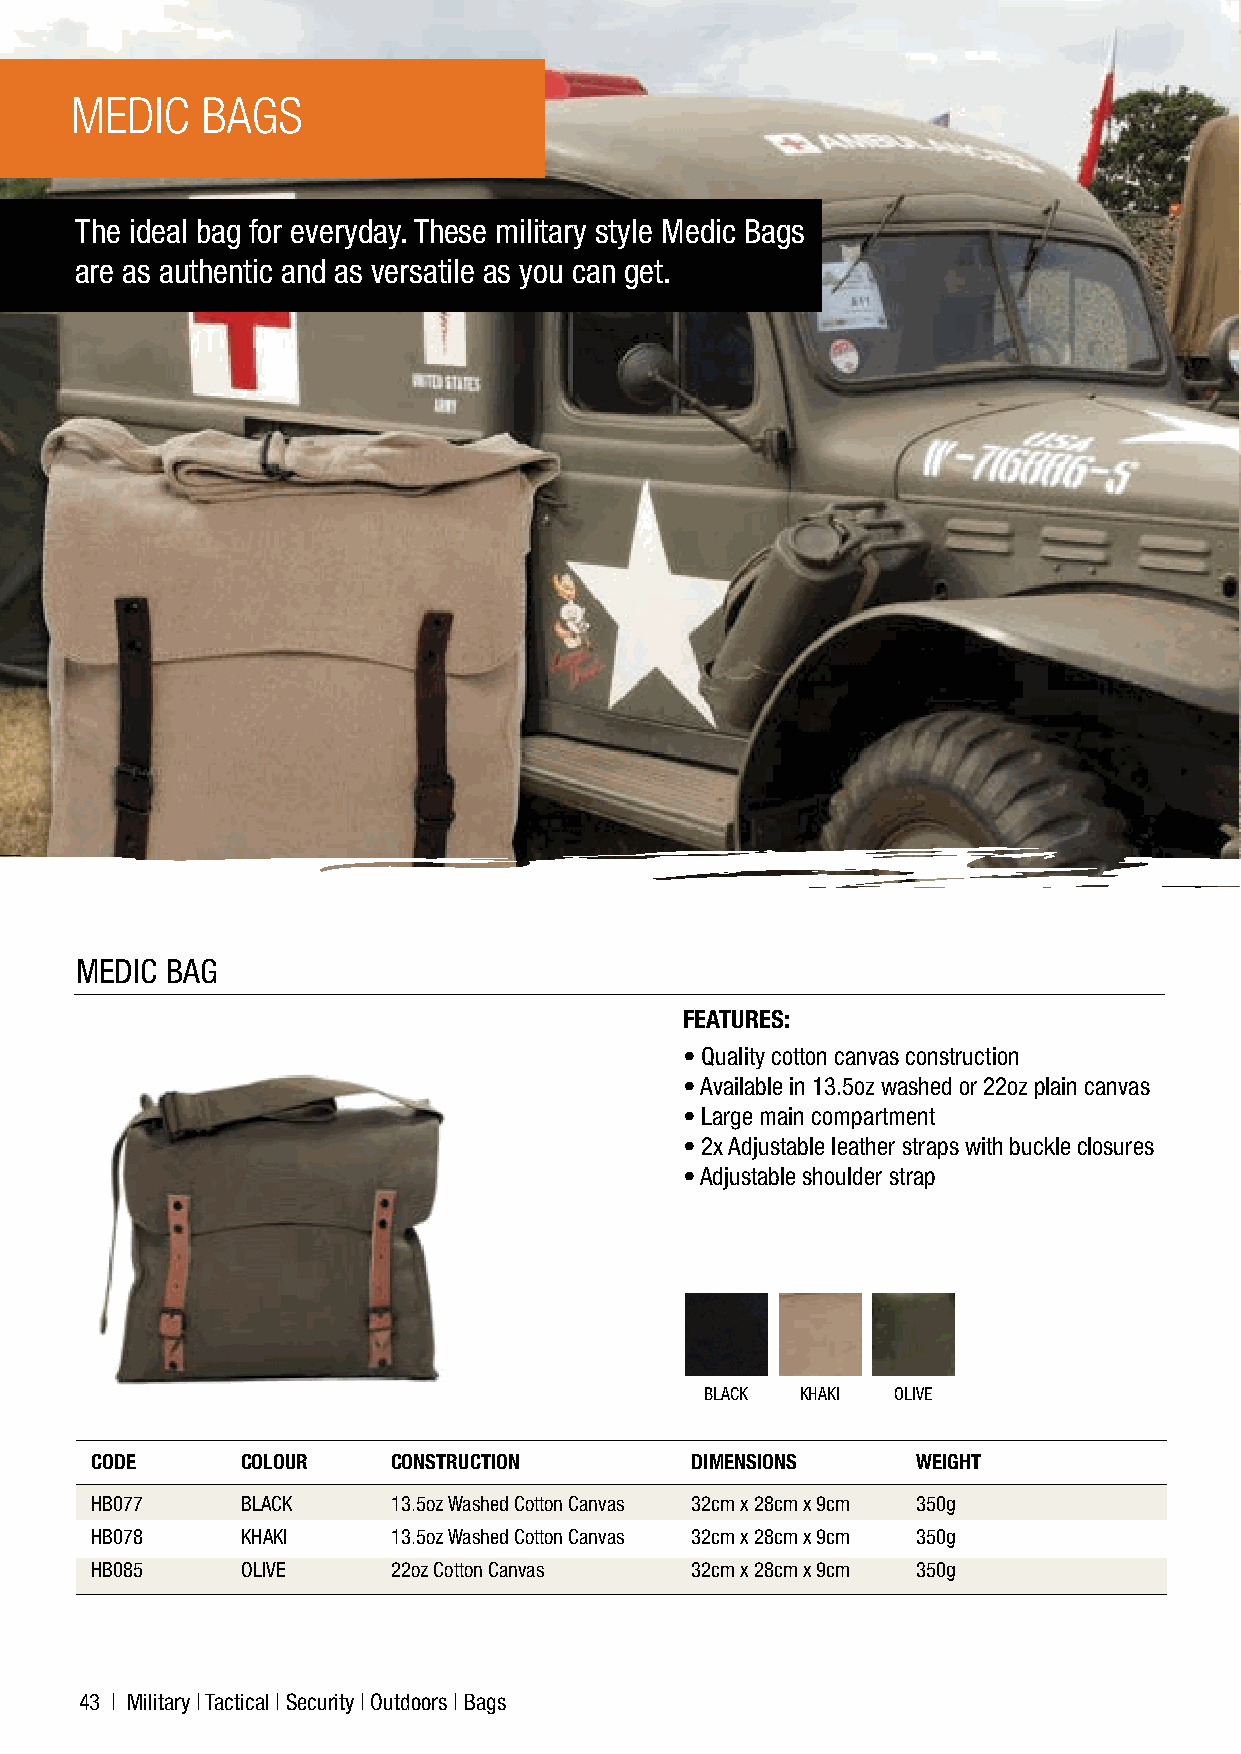
MEDIC   BAGS
 The ideal bag for everyday. These military style Medic Bags
 are as authentic and as versatile as you can get.
 F
 O
 O
 R
 P
 MEDIC BAG
 FEATURES:
 • Quality cotton canvas construction
 • Available in 13.5oz washed or 22oz plain canvas
 • Large main compartment
 • 2x Adjustable leather straps with buckle closures
 • Adjustable shoulder strap
 BLACK KHAKI OLIVE
 CODE      COLOUR    CONSTRUCTION        DIMENSIONS     WEIGHT
 HB077     BLACK     13.5oz Washed Cotton Canvas 32cm x 28cm x 9cm 350g
 HB078     KHAKI     13.5oz Washed Cotton Canvas 32cm x 28cm x 9cm 350g
 HB085     OLIVE     22oz Cotton Canvas  32cm x 28cm x 9cm 350g
 43 | Military | Tactical | Security | Outdoors | Bags